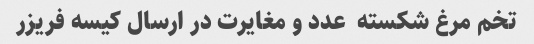
تخم مرغ شکسته  عدد و مغایرت در ارسال کیسه فریزر